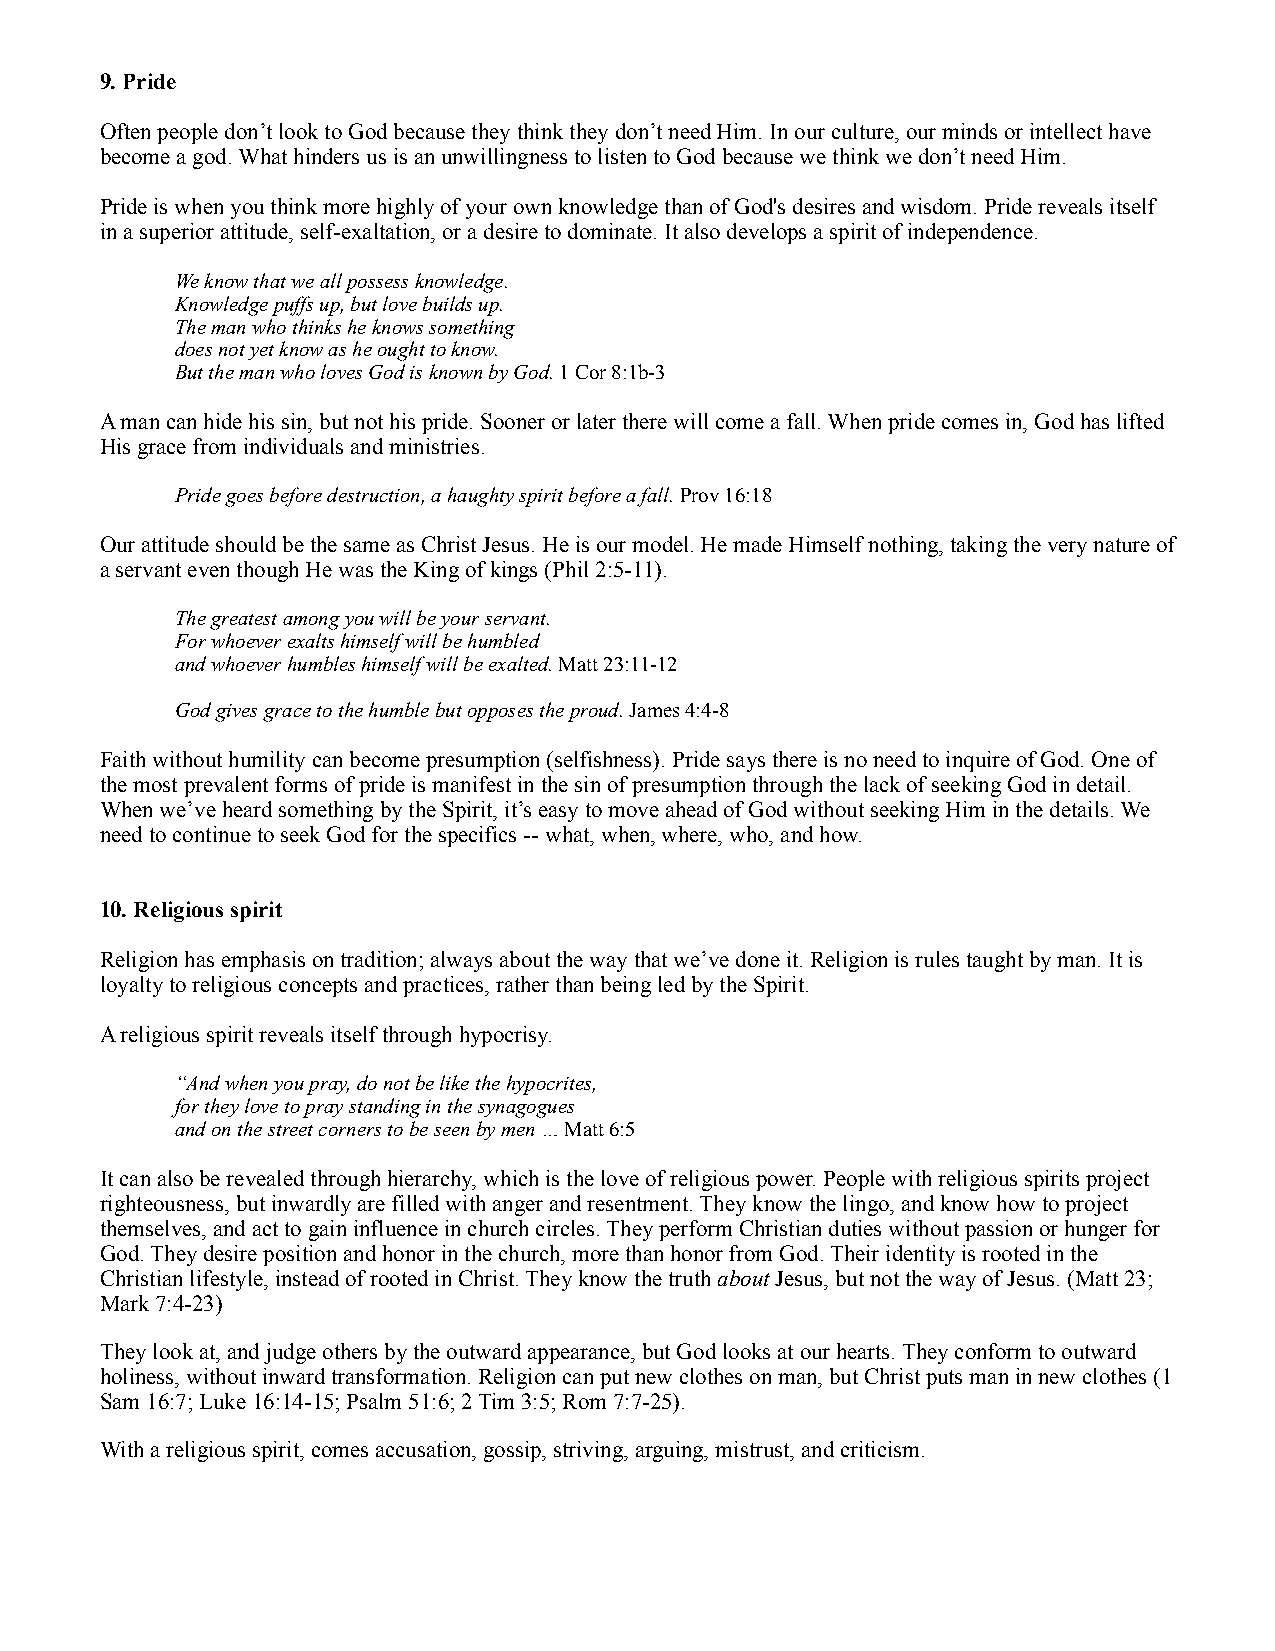
9. Pride
 Often people don’t look to God because they think they don’t need Him. In our culture, our minds or intellect have
 become a god. What hinders us is an unwillingness to listen to God because we think we don’t need Him.
 Pride is when you think more highly of your own knowledge than of God's desires and wisdom. Pride reveals itself
 in a superior attitude, self-exaltation, or a desire to dominate. It also develops a spirit of independence.
 We know that we all possess knowledge.
 Knowledge puffs up, but love builds up.
 The man who thinks he knows something
 does not yet know as he ought to know.
 But the man who loves God is known by God. 1 Cor 8:1b-3
 A man can hide his sin, but not his pride. Sooner or later there will come a fall. When pride comes in, God has lifted
 His grace from individuals and ministries.
 Pride goes before destruction, a haughty spirit before a fall. Prov 16:18
 Our attitude should be the same as Christ Jesus. He is our model. He made Himself nothing, taking the very nature of
 a servant even though He was the King of kings (Phil 2:5-11).
 The greatest among you will be your servant.
 For whoever exalts himself will be humbled
 and whoever humbles himself will be exalted. Matt 23:11-12
 God gives grace to the humble but opposes the proud. James 4:4-8
 Faith without humility can become presumption (selfishness). Pride says there is no need to inquire of God. One of
 the most prevalent forms of pride is manifest in the sin of presumption through the lack of seeking God in detail.
 When we’ve heard something by the Spirit, it’s easy to move ahead of God without seeking Him in the details. We
 need to continue to seek God for the specifics -- what, when, where, who, and how.
 10. Religious spirit
 Religion has emphasis on tradition; always about the way that we’ve done it. Religion is rules taught by man. It is
 loyalty to religious concepts and practices, rather than being led by the Spirit.
 A religious spirit reveals itself through hypocrisy.
 “And when you pray, do not be like the hypocrites,
 for they love to pray standing in the synagogues
 and on the street corners to be seen by men … Matt 6:5
 It can also be revealed through hierarchy, which is the love of religious power. People with religious spirits project
 righteousness, but inwardly are filled with anger and resentment. They know the lingo, and know how to project
 themselves, and act to gain influence in church circles. They perform Christian duties without passion or hunger for
 God. They desire position and honor in the church, more than honor from God. Their identity is rooted in the
 Christian lifestyle, instead of rooted in Christ. They know the truth about Jesus, but not the way of Jesus. (Matt 23;
 Mark 7:4-23)
 They look at, and judge others by the outward appearance, but God looks at our hearts. They conform to outward
 holiness, without inward transformation. Religion can put new clothes on man, but Christ puts man in new clothes (1
 Sam 16:7; Luke 16:14-15; Psalm 51:6; 2 Tim 3:5; Rom 7:7-25).
 With a religious spirit, comes accusation, gossip, striving, arguing, mistrust, and criticism.